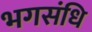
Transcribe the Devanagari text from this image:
भगसंधि